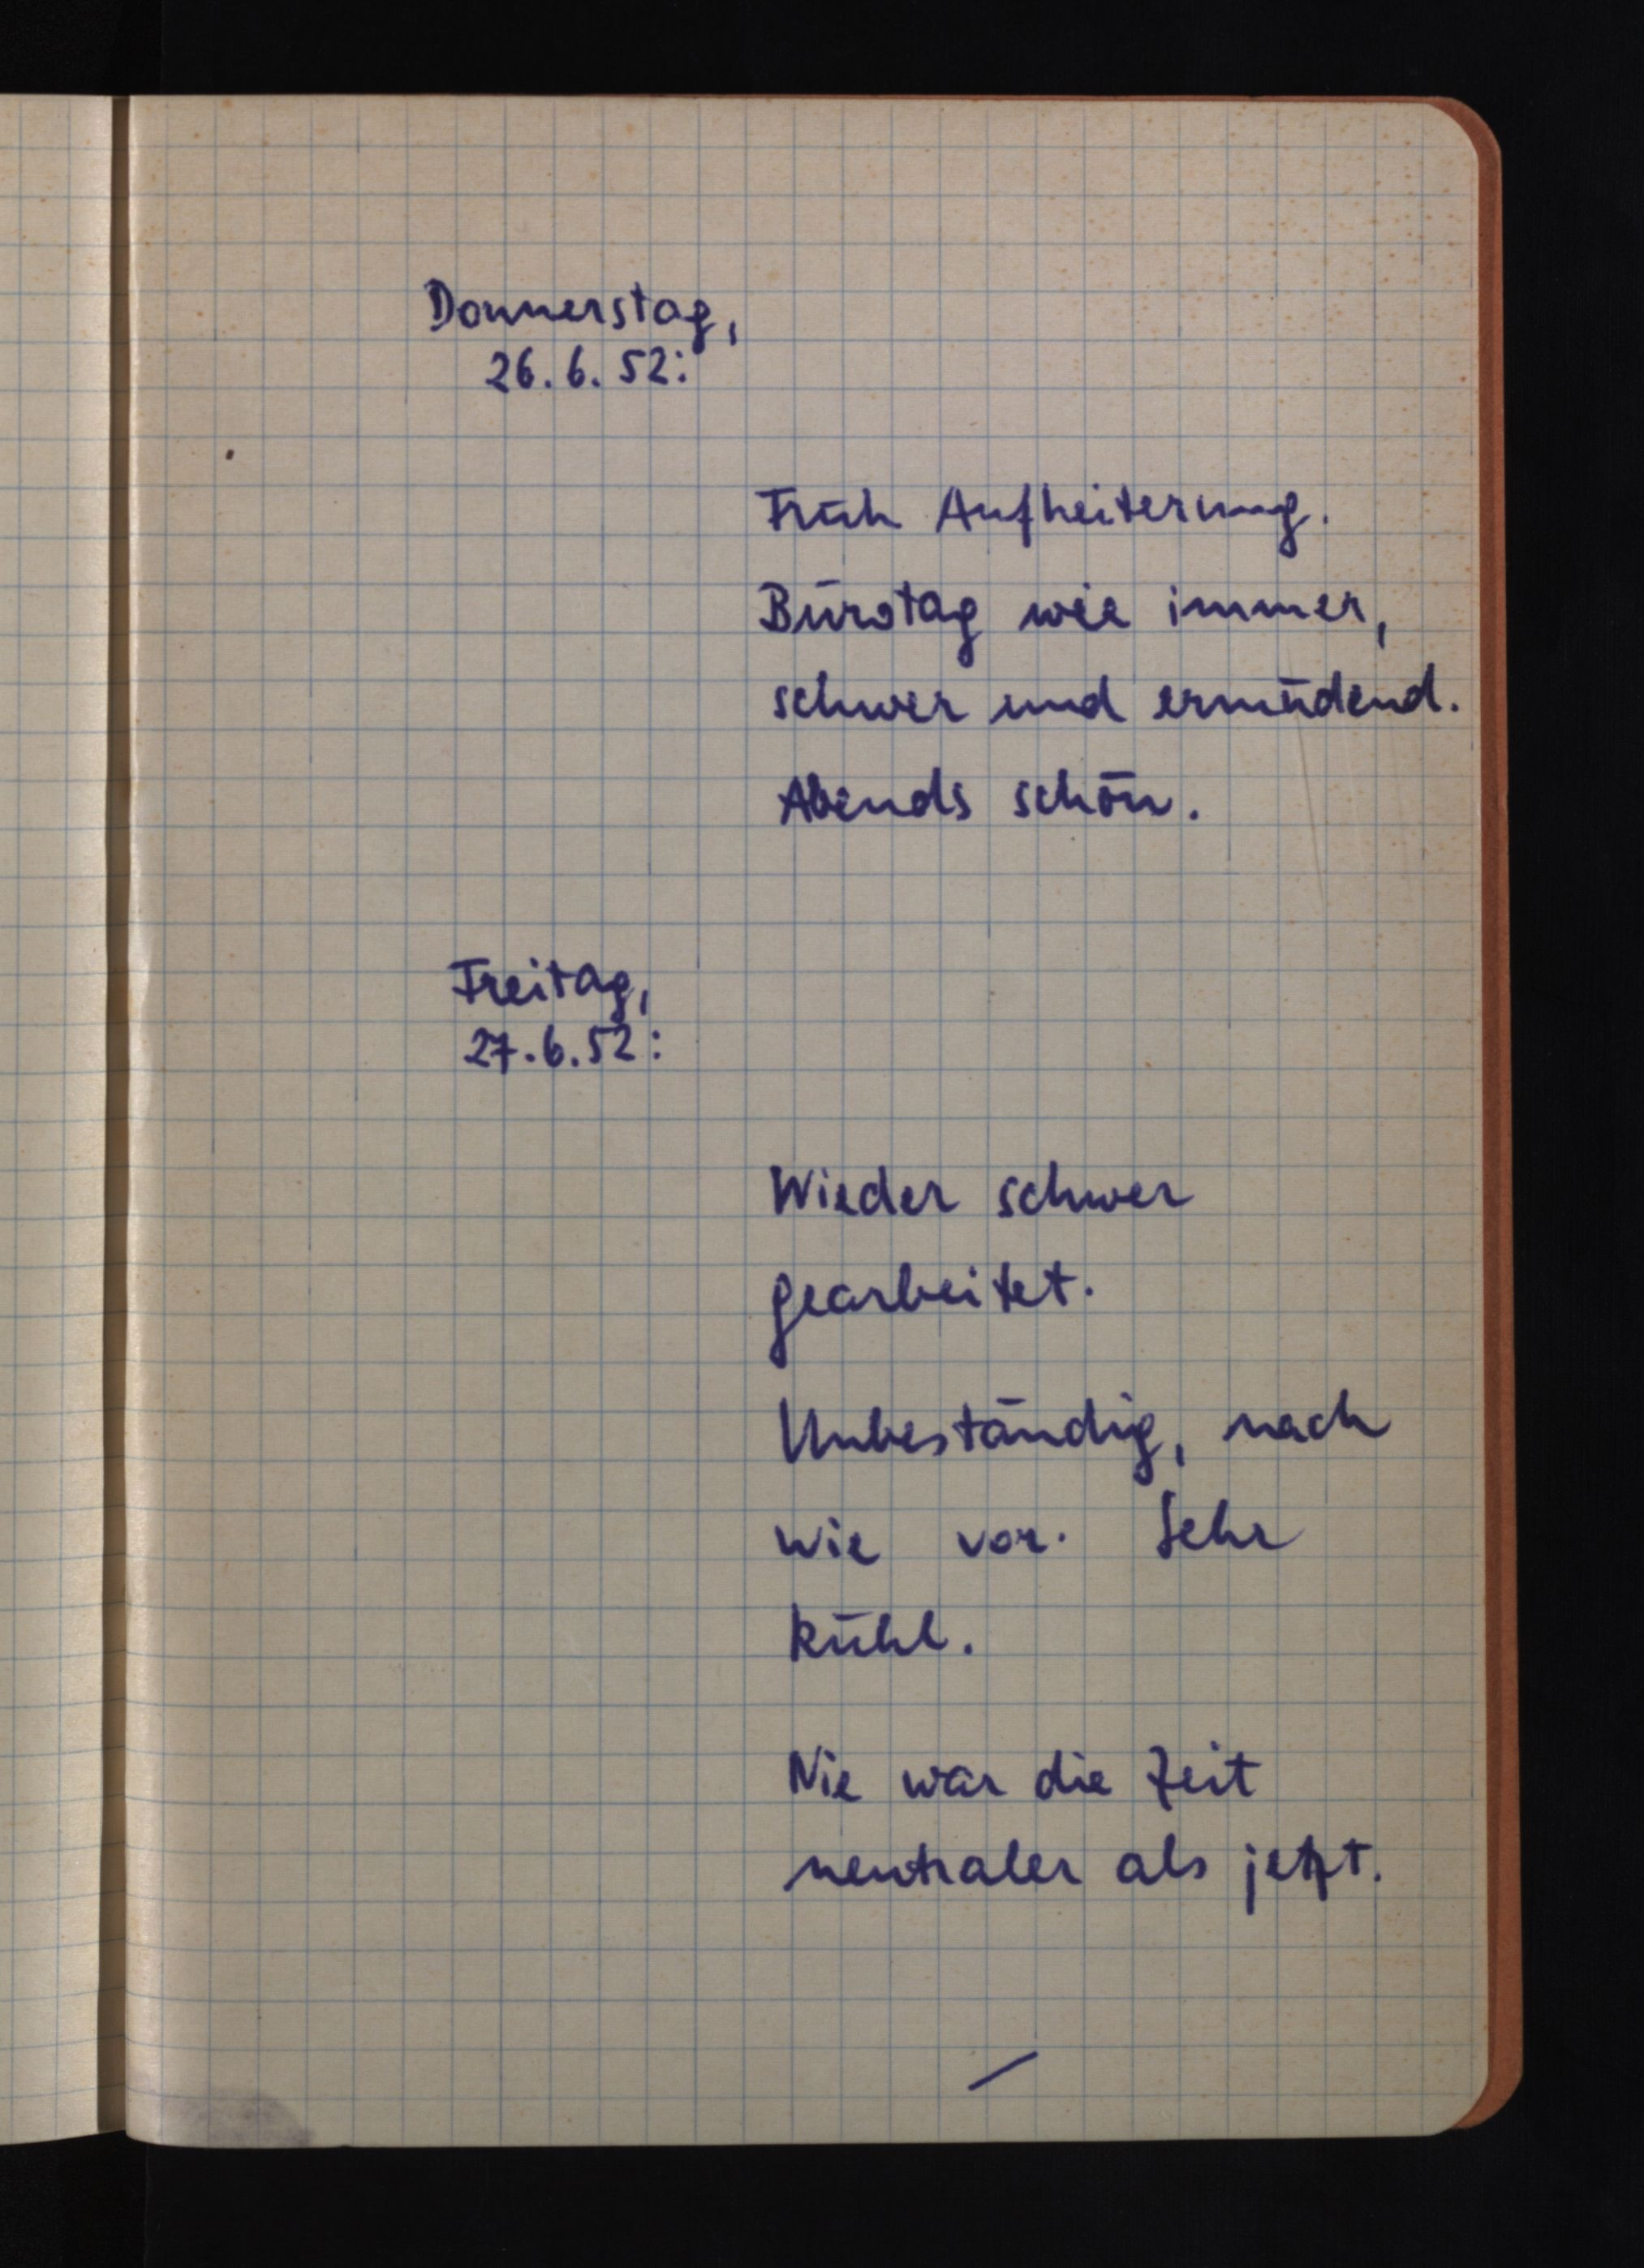
Donnerstag,
26.6.52:
Früh Aufheiterung.
Bürotag wie immer,
schwer und ermüdend.
Abends schön.
Freitag,
27.6.52:
Wieder schwer
gearbeitet.
Unbeständig, nach
wie vor. Sehr
kühl.
Nie war die Zeit
neutraler als jetzt.